Annual report on the Civil Veterinary Department, Burma (including the Insein Veterinary School) - 1932-1941
Year: 1932
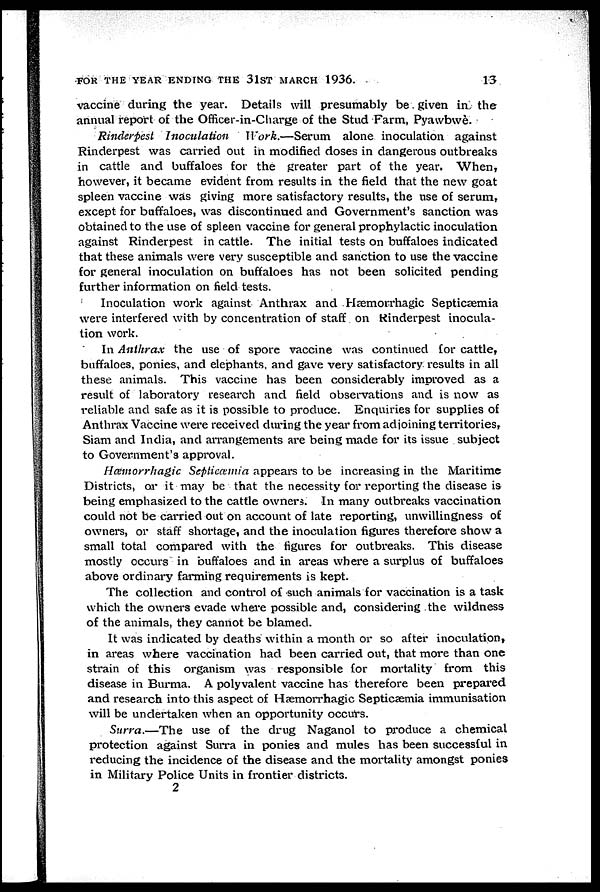
FOR THE YEAR ENDING THE 3lST MARCH 1936.
13
vaccine during the year. Details will presumably be given in the
annual report of the Officer-in-Charge of the Stud Farm, Pyawbwe.
Rinderpest Inoculation
Work.—Serum alone inoculation against
Rinderpest was carried out in modified doses in dangerous outbreaks
in cattle and buffaloes for the greater part of the year. When,
however, it became evident from results in the field that the new goat
spleen vaccine was giving more satisfactory results, the use of serum,
except for buffaloes, was discontinued and Government's sanction was
obtained to the use of spleen vaccine for general prophylactic inoculation
against Rinderpest in cattle. The initial tests on buffaloes indicated
that these animals were very susceptible and sanction to use the vaccine
for general inoculation on buffaloes has not been solicited pending
further information on field tests.
Inoculation work against Anthrax and Hæmorrhagic Septicæmia
were interfered with by concentration of staff on Rinderpest inocula-
tion work.
In Anthrax the use of spore vaccine was continued for cattle,
buffaloes, ponies, and elephants, and gave very satisfactory results in all
these animals. This vaccine has been considerably improved as a
result of laboratory research and field observations and is now as
reliable and safe as it is possible to produce. Enquiries for supplies of
Anthrax Vaccine were received during the year from adjoining territories,
Siam and India, and arrangements are being made for its issue subject
to Government's approval.
Hæmorrhagic Septicæmia appears to be increasing in the Maritime
Districts, or it may be that the necessity for reporting the disease is
being emphasized to the cattle owners. In many outbreaks vaccination
could not be carried out on account of late reporting, unwillingness of
owners, or staff shortage, and the inoculation figures therefore show a
small total compared with the figures for outbreaks. This disease
mostly occurs in buffaloes and in areas where a surplus of buffaloes
above ordinary farming requirements is kept.
The collection and control of such animals for vaccination is a task
which the owners evade where possible and, considering the wildness
of the animals, they cannot be blamed.
It was indicated by deaths within a month or so after inoculation,
in areas where vaccination had been carried out, that more than one
strain of this organism was responsible for mortality from this
disease in Burma. A polyvalent vaccine has therefore been prepared
and research into this aspect of Hæmorrhagic Septicæmia immunisation
will be undertaken when an opportunity occurs.
Surra.—The use of the drug Naganol to produce a chemical
protection against Surra in ponies and mules has been successful in
reducing the incidence of the disease and the mortality amongst ponies
in Military Police Units in frontier districts.
2